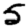
Digit: 5